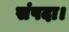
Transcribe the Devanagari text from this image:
संपदा।